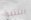
التنبؤ